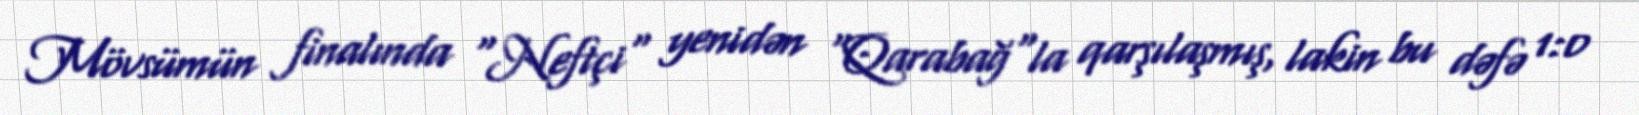
Mövsümün finalında "Neftçi" yenidən "Qarabağ"la qarşılaşmış, lakin bu dəfə 1:0